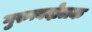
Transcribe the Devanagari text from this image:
गुरुत्वदोलक